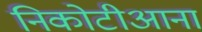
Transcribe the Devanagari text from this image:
निकोटीआना